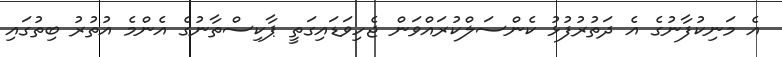
އެ މަނިކުފާނުގެ އެ ދަތުރުފުޅު ކެންސަލްކުރައްވަން ޖެހިވަޑައިގަތީ ޕާކިސްތާނުގެ އެންމެ އުތުރު ބިތުގައި